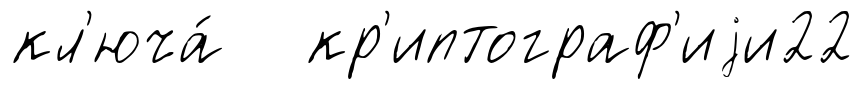
кл'юча́ кр'иптограф'иjи22